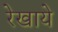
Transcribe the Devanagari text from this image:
रेखाये